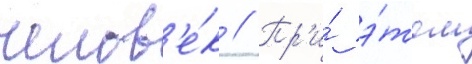
челов'е́к // Пр'и́ э́том